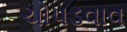
ચોપડવાવ